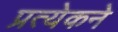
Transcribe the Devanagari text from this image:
प्रत्येकने